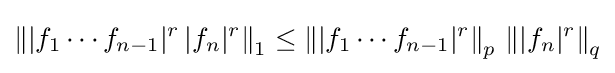
\left\||f_{1}\cdots f_{n-1}|^{r}\,|f_{n}|^{r}\right\|_{1}\leq \left\||f_{1}\cdots f_{n-1}|^{r}\right\|_{p}\,\left\||f_{n}|^{r}\right\|_{q}